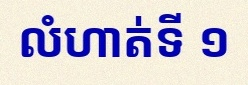
លំហាត់ទី ១